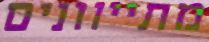
מתייוונים